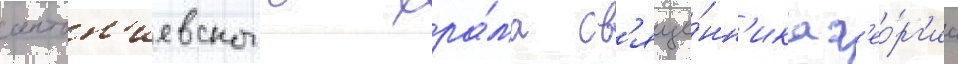
антон'иевского хра́ма св'яще́нн'ика г'ео́рг'иа